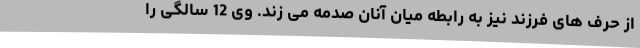
از حرف های فرزند نیز به رابطه میان آنان صدمه می زند. وی 12 سالگی را